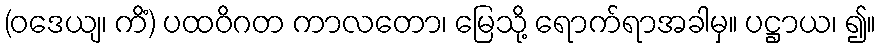
(ဝဒေယျ၊ ကိံ) ပထဝိဂတ ကာလတော၊ မြေသို့ ရောက်ရာအခါမှ။ ပဋ္ဌာယ၊ ၍။